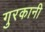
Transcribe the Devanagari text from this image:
गुरकानी